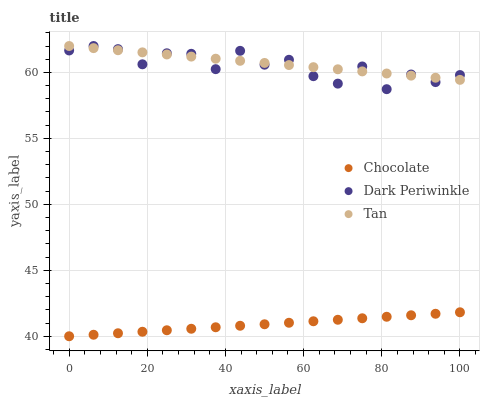
| xaxis_label | Chocolate | Dark Periwinkle | Tan |
 | --- | --- | --- | --- |
 | 0 | 40 | 61.7 | 62 |
 | 6.25 | 40.1 | 62 | 61.8 |
 | 12.5 | 40.2 | 61.8 | 61.7 |
 | 18.8 | 40.3 | 60.6 | 61.5 |
 | 25 | 40.5 | 61.4 | 61.4 |
 | 31.2 | 40.6 | 61.4 | 61.2 |
 | 37.5 | 40.7 | 60.2 | 61 |
 | 43.8 | 40.8 | 61.6 | 60.9 |
 | 50 | 40.9 | 60.6 | 60.7 |
 | 56.2 | 41 | 61 | 60.6 |
 | 62.5 | 41.1 | 59.7 | 60.4 |
 | 68.8 | 41.2 | 59.1 | 60.2 |
 | 75 | 41.4 | 60.5 | 60.1 |
 | 81.2 | 41.5 | 58.7 | 59.9 |
 | 87.5 | 41.6 | 59.8 | 59.8 |
 | 93.8 | 41.7 | 59.3 | 59.6 |
 | 100 | 41.8 | 59.8 | 59.4 |